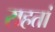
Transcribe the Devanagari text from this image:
राहतां